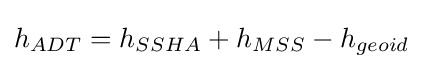
h_{ADT}=h_{SSHA}+h_{MSS}-h_{geoid}